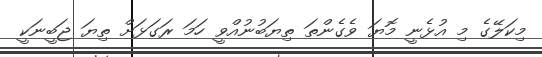
މިކަލޭގެ މި އުޅެނީ މޮޔަ ވެގެންތަ ތިޔަބުނުއްވީ ހަމަ ރަގަޅަށް ތިޔަ ޖަބީނަކީ